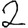
Digit: 2